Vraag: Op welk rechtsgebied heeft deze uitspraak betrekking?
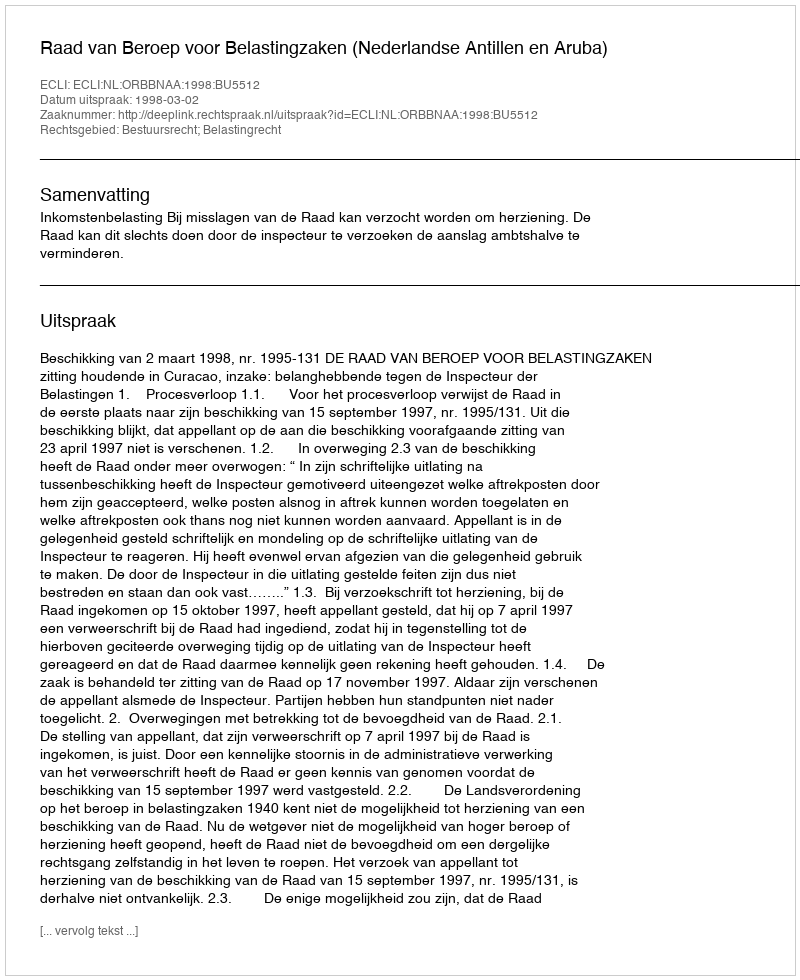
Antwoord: Bestuursrecht; Belastingrecht